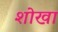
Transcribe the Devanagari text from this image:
शोखा